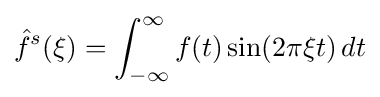
{\hat {f}}^{s}(\xi )=\int _{-\infty }^{\infty }f(t)\sin(2\pi \xi t)\,dt